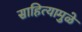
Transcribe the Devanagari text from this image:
साहित्यामुळे